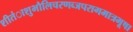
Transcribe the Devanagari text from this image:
शीतंाशुभौलिचरणब्जपरागमात्रभूषा